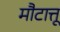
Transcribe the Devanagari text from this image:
मौटात्तू